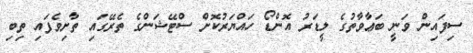
ސިފައިން ވަނީ ބަޢާވާތުގެ ލީޑަރު އޮންޑޯ ހައްޔަރުކޮށް ސްޓޭޝަންގެ ތެރޭގައި ތާށިވެފައި ތިބި